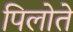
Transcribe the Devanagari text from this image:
पिलोते